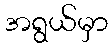
အရွယ်မှာ